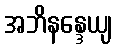
အဘိနန္ဒေယျ